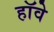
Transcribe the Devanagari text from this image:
हॉवे